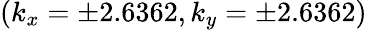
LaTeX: (k_{x}=\pm 2.6362,k_{y}=\pm 2.6362)